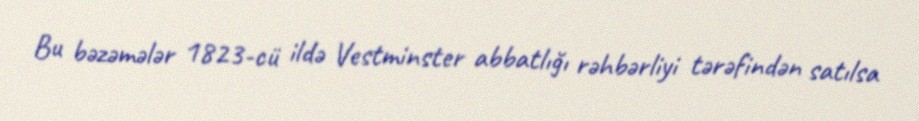
Bu bəzəmələr 1823-cü ildə Vestminster abbatlığı rəhbərliyi tərəfindən satılsa